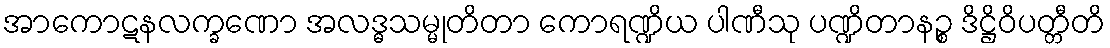
အာကောဋနလက္ခဏော အလဒ္ဓသမ္မုတိတာ ကောရဏ္ဍိယ ပါဏီသု ပဏ္ဍိတာနဉ္စ ဒိဋ္ဌိဝိပတ္တီတိ